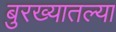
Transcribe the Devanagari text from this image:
बुरख्यातल्या